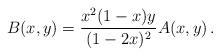
LaTeX: \begin{align*}B(x,y)=\frac{x^2(1-x)y}{(1-2x)^2}A(x,y)\,.\end{align*}